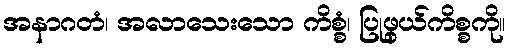
အနာဂတံ၊ အလာသေးသော ကိစ္စံ၊ ပြုဖွယ်ကိစ္စကို။